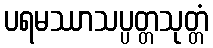
ပရမဿာသပ္ပတ္တသုတ္တံ